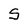
Character: S